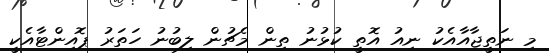
މި ނަތީޖާއާއެކު ނިއު އޮތީ ކުޅުނު ތިން މެޗުން ލިބުނު ހަތަރު ޕޮއިންޓާއެކީ